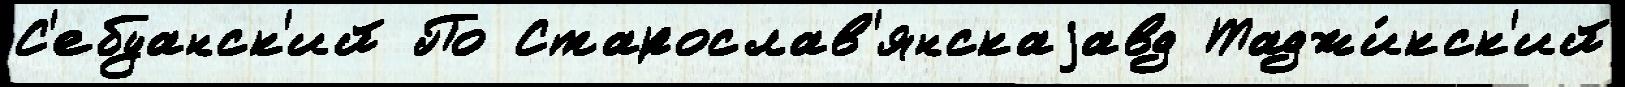
С'ебуанск'ий По Старослав'янскаjавд Таджи́кск'ий